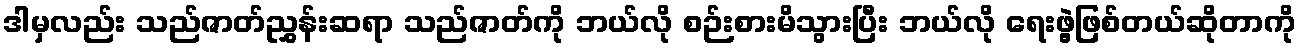
ဒါမှလည်း သည်ဇာတ်ညွှန်းဆရာ သည်ဇာတ်ကို ဘယ်လို စဉ်းစားမိသွားပြီး ဘယ်လို ရေးဖွဲ့ဖြစ်တယ်ဆိုတာကို